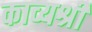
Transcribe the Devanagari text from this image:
काव्यश्री